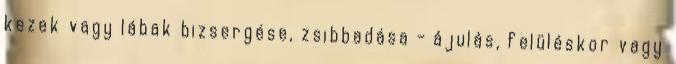
kezek vagy lábak bizsergése, zsibbadása - ájulás, felüléskor vagy